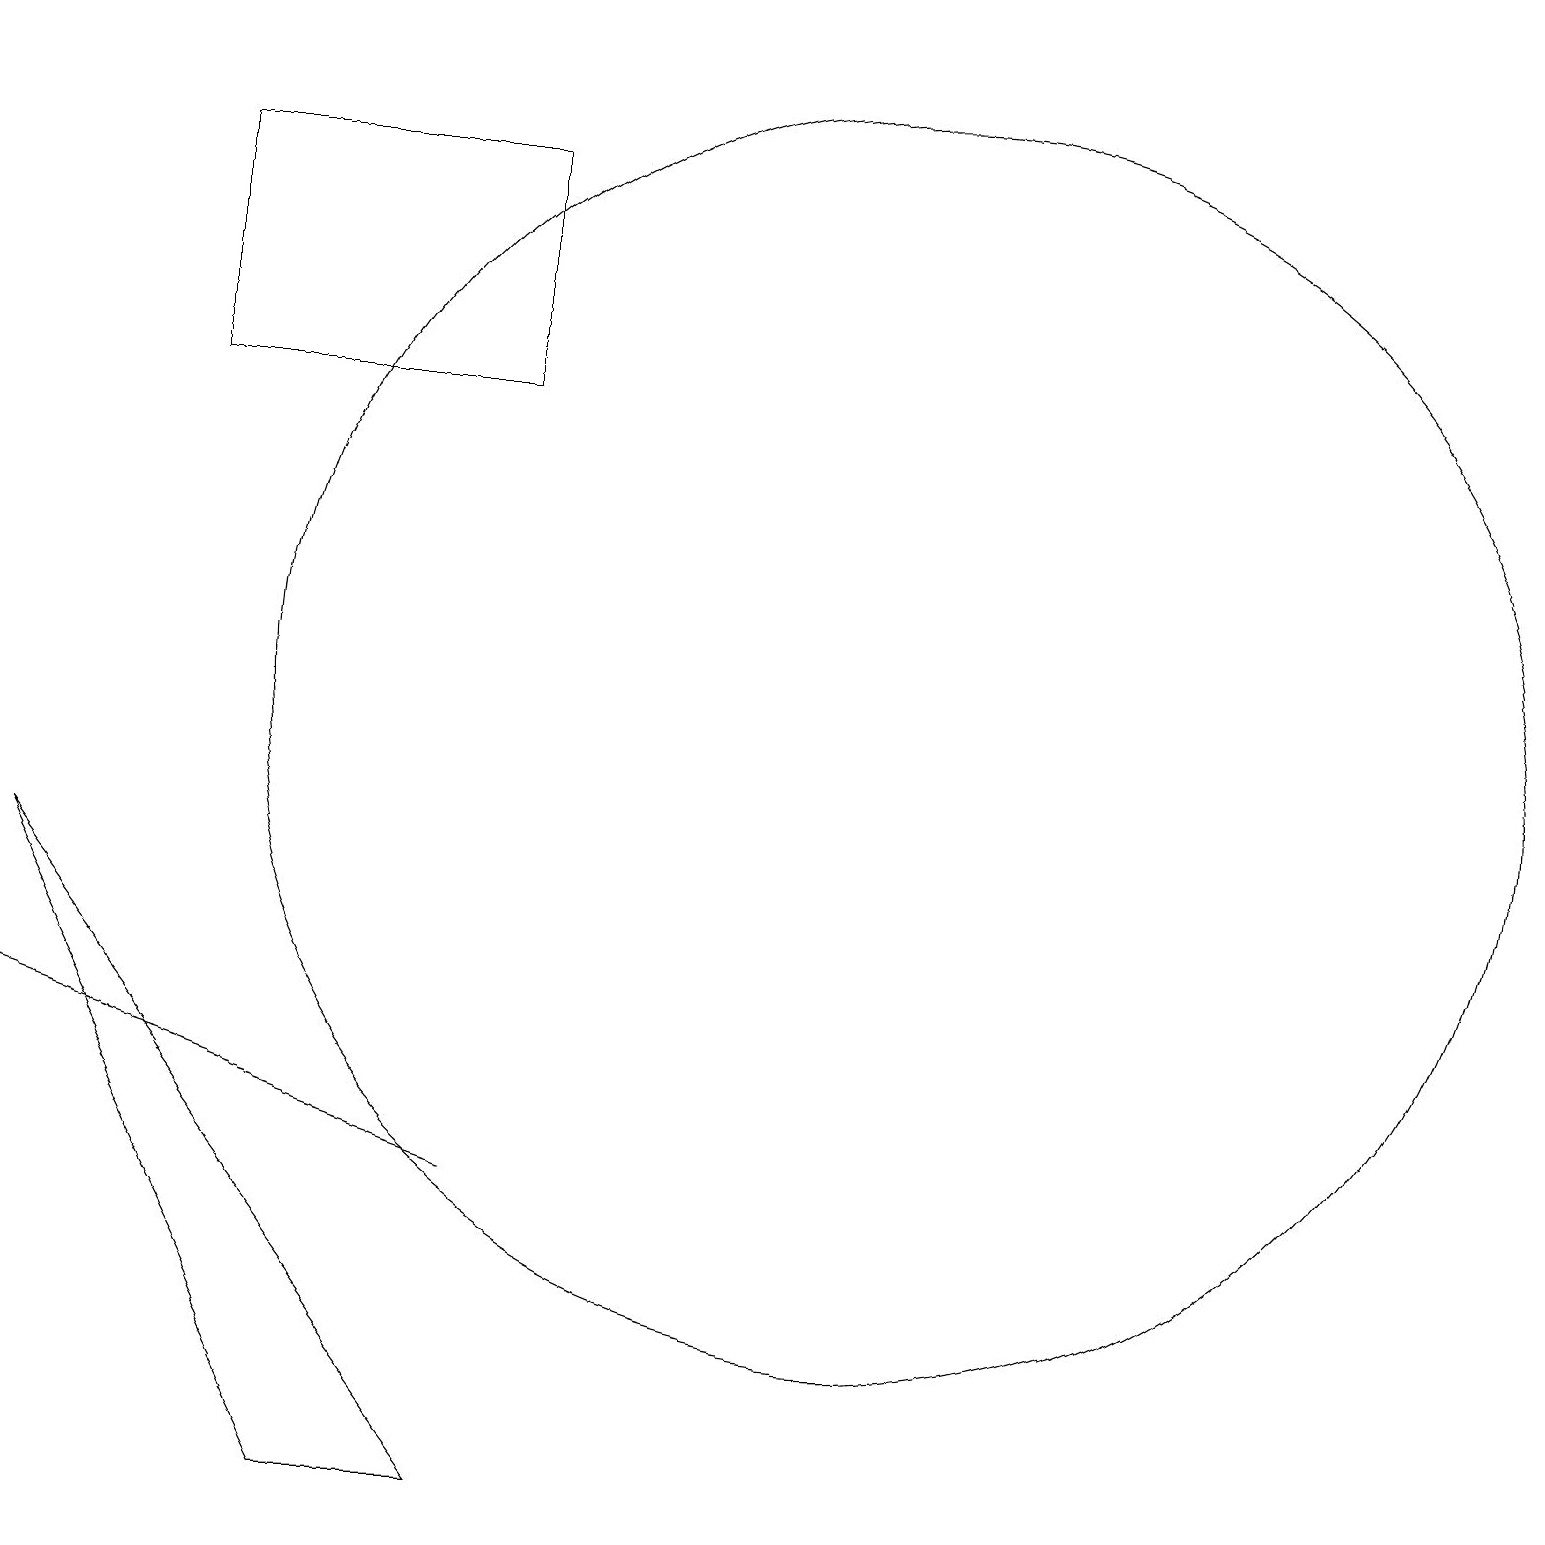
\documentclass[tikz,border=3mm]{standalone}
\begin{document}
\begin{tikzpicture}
\draw[->] (5,19) -- (4,19);
\draw (12,10) circle (8);
\draw (7,4) -- (1,6) -- (7,4) -- cycle;
\draw (7,14) rectangle (3,17);
\draw (1,8) -- (7,0) -- (5,0) -- cycle;
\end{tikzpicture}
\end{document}